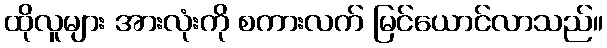
ထိုလူများ အားလုံးကို စကားလက် မြင်ယောင်လာသည်။